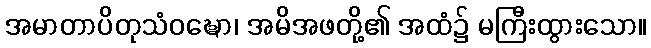
အမာတာပိတုသံဝဍ္ဎော၊ အမိအဖတို့၏ အထံ၌ မကြီးထွားသော။